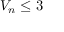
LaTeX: V _ { n } \leq 3